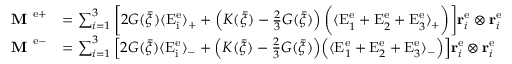
\begin{array} { r l } { \textbf { M } ^ { \mathrm { e + } } } & { = \sum _ { i = 1 } ^ { 3 } \bigg [ 2 G ( \bar { \xi } ) \langle \mathrm { E } _ { \mathrm { i } } ^ { \mathrm { e } } \rangle _ { + } + \left( K ( \bar { \xi } ) - \frac { 2 } { 3 } G ( \bar { \xi } ) \right) \bigg ( \langle \mathrm { E } _ { 1 } ^ { \mathrm { e } } + \mathrm { E } _ { 2 } ^ { \mathrm { e } } + \mathrm { E } _ { 3 } ^ { \mathrm { e } } \rangle _ { + } \bigg ) \bigg ] { \bf r } _ { i } ^ { \mathrm { e } } \otimes { \bf r } _ { i } ^ { \mathrm { e } } } \\ { \textbf { M } ^ { \mathrm { e - } } } & { = \sum _ { i = 1 } ^ { 3 } \Big [ 2 G ( \bar { \xi } ) \langle \mathrm { E } _ { \mathrm { i } } ^ { \mathrm { e } } \rangle _ { - } + \Big ( K ( \bar { \xi } ) - \frac { 2 } { 3 } G ( \bar { \xi } ) \Big ) \Big ( \langle \mathrm { E } _ { 1 } ^ { \mathrm { e } } + \mathrm { E } _ { 2 } ^ { \mathrm { e } } + \mathrm { E } _ { 3 } ^ { \mathrm { e } } \rangle _ { - } \Big ) \Big ] { \bf r } _ { i } ^ { \mathrm { e } } \otimes { \bf r } _ { i } ^ { \mathrm { e } } } \end{array}